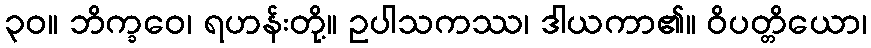
၃၀။ ဘိက္ခဝေ၊ ရဟန်းတို့။ ဥပါသကဿ၊ ဒါယကာ၏။ ဝိပတ္တိယော၊